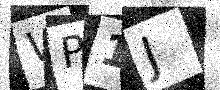
Text: WP1J